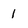
Character: 1